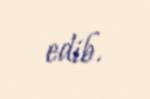
edib.